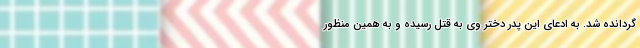
گردانده شد. به ادعای این پدر دختر وی به قتل رسیده و به همین منظور